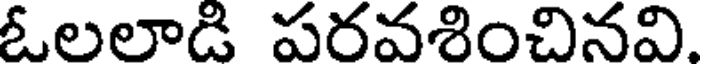
ఓలలాడి పరవశించినవి.